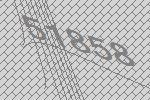
51858